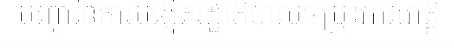
បញ្ហានៃការបង្កើតរដ្ឋាភិបាលចម្រុះអាណត្តិ